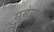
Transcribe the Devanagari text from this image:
सुसंयत्ता